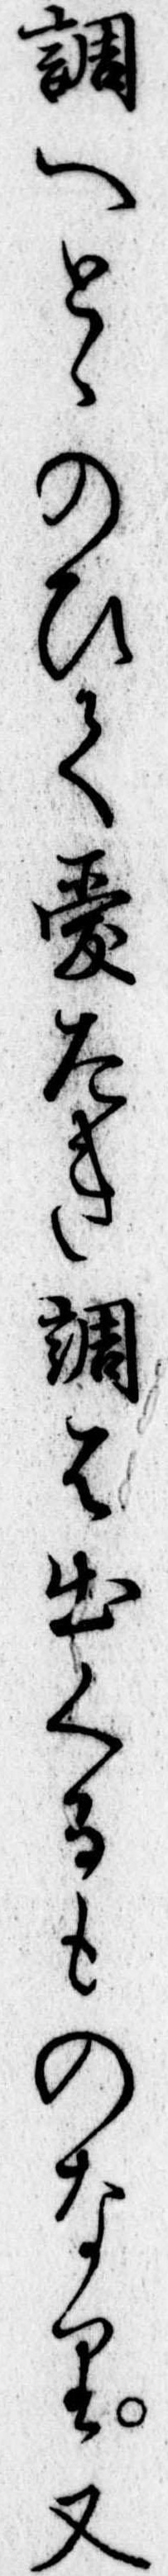
調へとゝのひて愛たき調は出くるものなり又